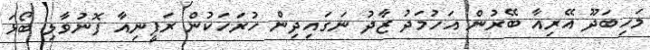
މަހިބަދޫ އޭރިއާ ބޭރުން އަހުމަދު ޒާދު ނަގައިދިން ހުރަހަކުން ރަފީނިއާ ފޮނުވާލި ބޯޅަ